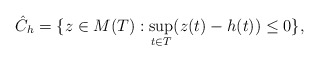
\begin{align*}\hat{C}_h=\{ z \in M(T): \sup_{t \in T}(z(t) -h(t)) \le 0\}, \end{align*}